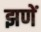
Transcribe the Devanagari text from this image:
झणें